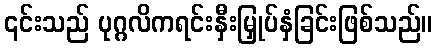
၎င်းသည် ပုဂ္ဂလိကရင်းနှီးမြှုပ်နှံခြင်းဖြစ်သည်။